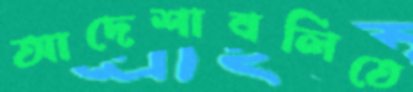
আদেশাবলিতে